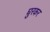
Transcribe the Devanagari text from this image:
घुरकर